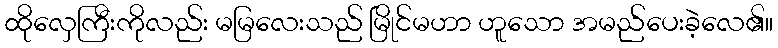
ထိုလှေကြီးကိုလည်း မမြလေးသည် မြိုင်မဟာ ဟူသော အမည်ပေးခဲ့လေ၏။